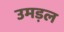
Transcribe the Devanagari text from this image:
उमड़ल